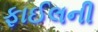
ફાઈલની